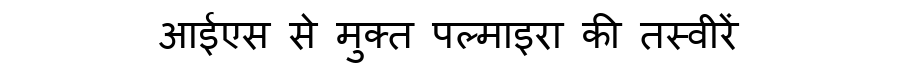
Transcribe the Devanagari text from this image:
आईएस से मुक्त पल्माइरा की तस्वीरें